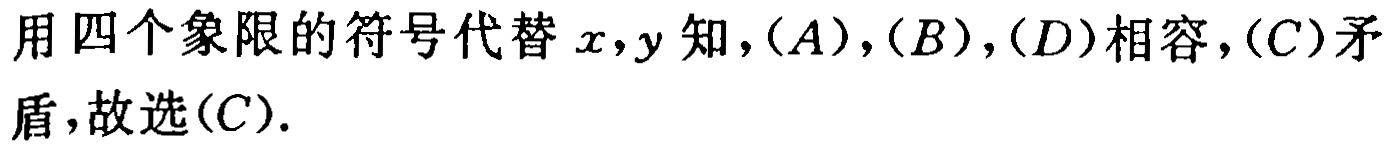
用四个象限的符号代替 \(x,y\) 知，\((A)\)，\((B)\)，\((D)\) 相容，\((C)\) 矛盾，故选\((C)\).